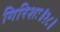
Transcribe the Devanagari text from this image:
गिरिशः॥१८॥